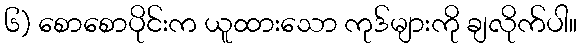
၆) စောစောပိုင်းက ယူထားသော ကုဒ်များကို ချလိုက်ပါ။